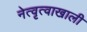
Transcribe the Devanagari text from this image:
नेत्वृत्वाखाली